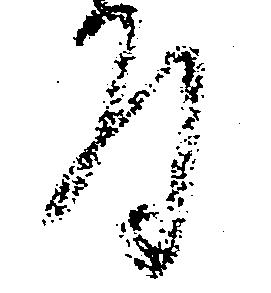
拝